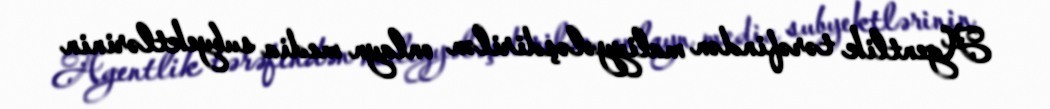
Agentlik tərəfindən maliyyələşdirilən onlayn media subyektlərinin